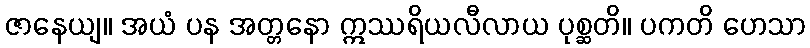
ဇာနေယျ။ အယံ ပန အတ္တနော ဣဿရိယလီလာယ ပုစ္ဆတိ။ ပကတိ ဟေသာ